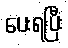
ပေးရပြီး